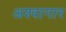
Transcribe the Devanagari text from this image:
अश्वागार